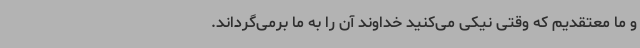
و ما معتقدیم که وقتی نیکی می‌کنید خداوند آن را به ما برمی‌گرداند.